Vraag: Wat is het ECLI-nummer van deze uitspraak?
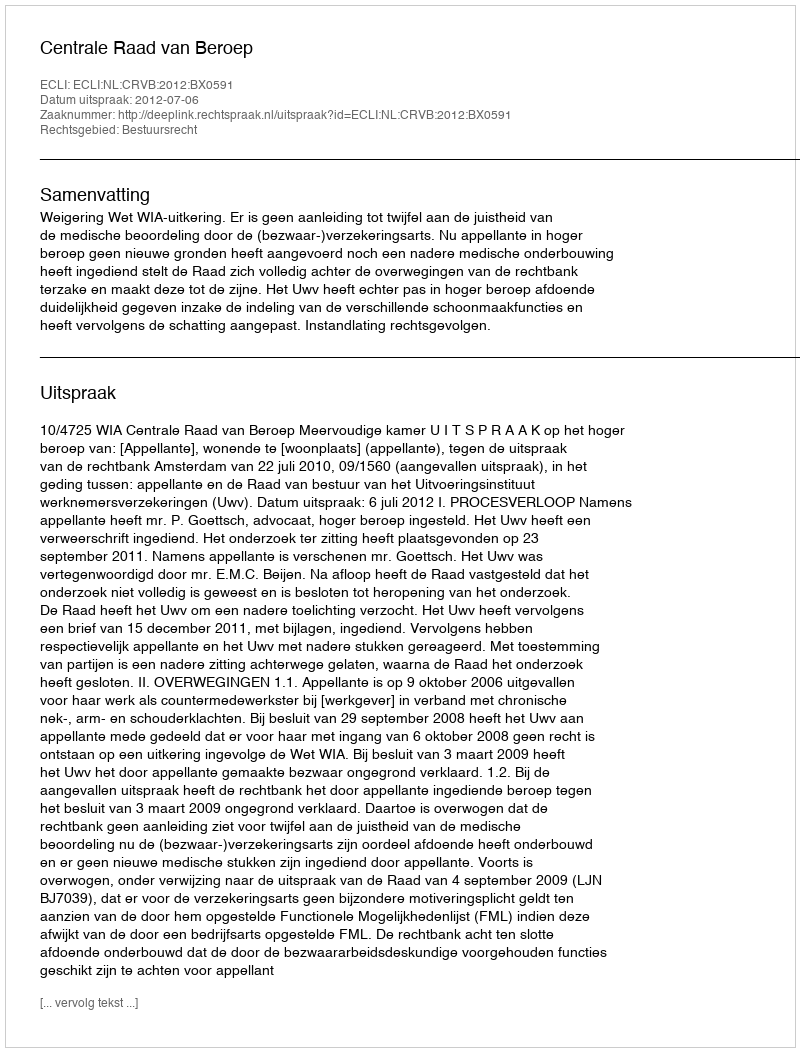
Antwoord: ECLI:NL:CRVB:2012:BX0591